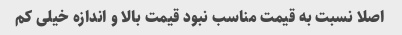
اصلا نسبت به قیمت مناسب نبود قیمت بالا و اندازه خیلی کم